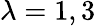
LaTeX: \lambda=1,3